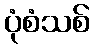
ပုံစံသစ်